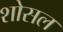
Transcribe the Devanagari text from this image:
शोसल